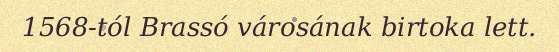
1568-tól Brassó városának birtoka lett.